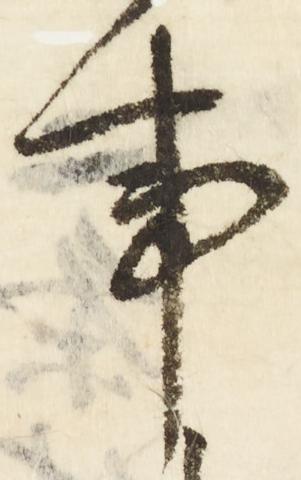
事